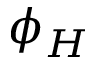
\phi _ { H }